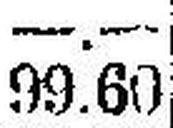
99.60